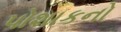
પોશાકનો